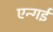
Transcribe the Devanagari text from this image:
एन्गई